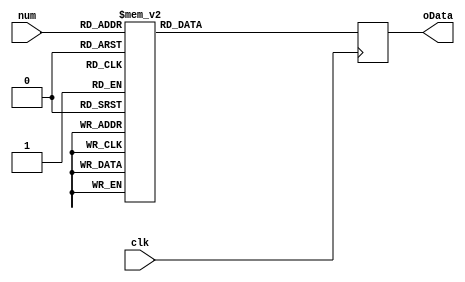
module decoder(
    input clk,
    input [3:0] num,
    output reg [6:0] oData
    );
always @(posedge clk)
begin
    case (num)
        4'b0000:oData=7'b1000000;
        4'b0001:oData=7'b1111001;
        4'b0010:oData=7'b0100100;
        4'b0011:oData=7'b0110000;
        4'b0100:oData=7'b0011001;
        4'b0101:oData=7'b0010010;
        4'b0110:oData=7'b0000010;
        4'b0111:oData=7'b1111000;
        4'b1000:oData=7'b0000000;
        4'b1001:oData=7'b0010000;     
        default:oData=7'b1111111;
     endcase
end
endmodule